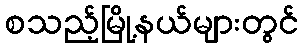
စသည့်မြို့နယ်များတွင်